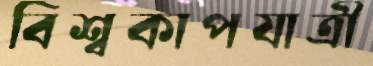
বিশ্বকাপযাত্রী